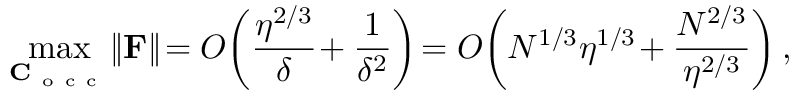
\operatorname* { m a x } _ { \mathbf C _ { \mathrm { ~ o ~ c ~ c ~ } } } \! \left\| \mathbf { F } \right\| \! = { \cal O } \! \left( \frac { \eta ^ { 2 / 3 } } { \delta } \! + \frac { 1 } { \delta ^ { 2 } } \right) \! = { \cal O } \! \left( N ^ { 1 / 3 } \eta ^ { 1 / 3 } \! + \frac { N ^ { 2 / 3 } } { \eta ^ { 2 / 3 } } \right) ,